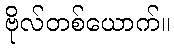
ဗိုလ်တစ်ယောက်။